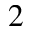
^ { 2 }